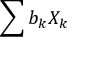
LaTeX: \sum { b _ { k } X _ { k } }